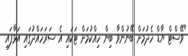
"ވޭސްޓް ޔާޑް ހެދުމަށް ބޭނުންވާ ބިން ހިއްކުމަށް ޓަކައި އެ ސަރަހައްދުގައި އަޅާފައި